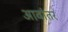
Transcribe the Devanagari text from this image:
आवांतर